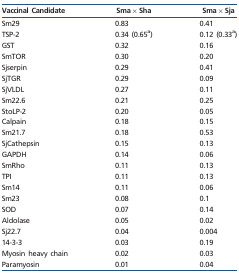
<table><thead><tr><td><b>Vaccinal Candidate</b></td><td><b>Sma × Sha</b></td><td><b>Sma × Sja</b></td></tr></thead><tbody><tr><td>Sm29</td><td>0.83</td><td>0.41</td></tr><tr><td>TSP-2</td><td>0.34 (0.65<sup>a</sup>)</td><td>0.12 (0.33<sup>a</sup>)</td></tr><tr><td>GST</td><td>0.32</td><td>0.16</td></tr><tr><td>SmTOR</td><td>0.30</td><td>0.20</td></tr><tr><td>Sjserpin</td><td>0.29</td><td>0.41</td></tr><tr><td>SjTGR</td><td>0.29</td><td>0.09</td></tr><tr><td>SjVLDL</td><td>0.27</td><td>0.11</td></tr><tr><td>Sm22.6</td><td>0.21</td><td>0.25</td></tr><tr><td>StoLP-2</td><td>0.20</td><td>0.05</td></tr><tr><td>Calpain</td><td>0.18</td><td>0.15</td></tr><tr><td>Sm21.7</td><td>0.18</td><td>0.53</td></tr><tr><td>SjCathepsin</td><td>0.15</td><td>0.13</td></tr><tr><td>GAPDH</td><td>0.14</td><td>0.06</td></tr><tr><td>SmRho</td><td>0.11</td><td>0.13</td></tr><tr><td>TPI</td><td>0.11</td><td>0.13</td></tr><tr><td>Sm14</td><td>0.11</td><td>0.06</td></tr><tr><td>Sm23</td><td>0.08</td><td>0.1</td></tr><tr><td>SOD</td><td>0.07</td><td>0.14</td></tr><tr><td>Aldolase</td><td>0.05</td><td>0.02</td></tr><tr><td>Sj22.7</td><td>0.04</td><td>0.004</td></tr><tr><td>14-3-3</td><td>0.03</td><td>0.19</td></tr><tr><td>Myosin heavy chain</td><td>0.02</td><td>0.03</td></tr><tr><td>Paramyosin</td><td>0.01</td><td>0.04</td></tr></tbody></table>